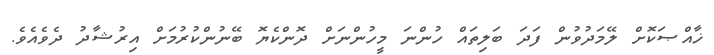
ޚާއްޞަކޮށް ލޭމަދުވުން ފަދަ ބަލިތައް ހުންނަ މީހުންނަށް ދޮންކެޔޮ ބޭނުންކުރުމަށް އިރުޝާދު ދެވެއެވެ.